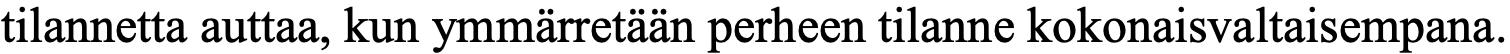
tilannetta auttaa, kun ymmärretään perheen tilanne kokonaisvaltaisempana.